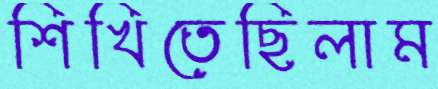
শিখিতেছিলাম